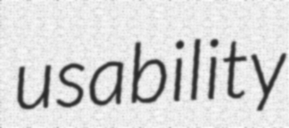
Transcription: usability